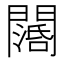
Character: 𨶖